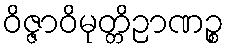
ဝိဇ္ဇာဝိမုတ္တိဉာဏဉ္စ